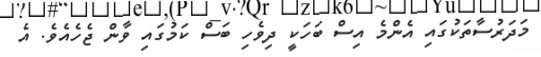
މަދަރުސާތަކުގައި އެންމެ އިސް ބަހަކީ ދިވެހި ބަސް ކަމުގައި ވާން ޖެހެއެވެ. އެ